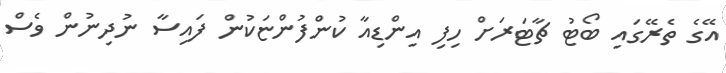
އޭގެ ތެރޭގައި ބޯޓު ޗާޓަރަށް ހިފި އިންޑިއާ ކުންފުންޏަކުން ފައިސާ ނުދިނުން ވެސް